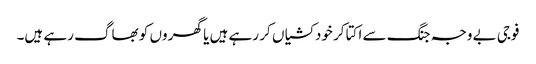
فوجی بے وجہ جنگ سے اکتا کر خودکشیاں کر رہے ہیں یا گھر وں کو بھاگ رہے ہیں۔